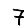
Digit: 7